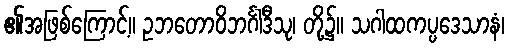
၏အဖြစ်ကြောင့်။ ဥဘတောဝိဘင်္ဂါဒီသု၊ တို့၌။ သဂါထကပ္ပဒေသာနံ၊